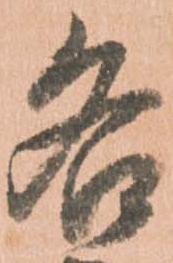
各